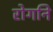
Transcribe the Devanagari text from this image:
रोगनि